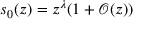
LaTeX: s _ { 0 } ( z ) = z ^ { \lambda } ( 1 + { \mathcal { O } } ( z ) )